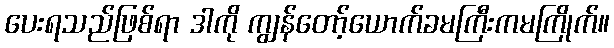
ပေးရသည်ဖြစ်ရာ ဒါကို ကျွန်တော့်ယောက်ခမကြီးကမကြိုက်။